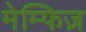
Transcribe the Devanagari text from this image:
मेम्फिज़